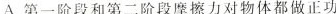
A.第一阶段和第二阶段摩擦力对物体都做正功